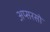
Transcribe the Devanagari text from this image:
अप्सरसो